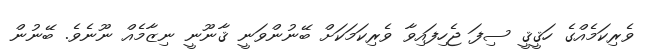
ވެރިކަމެއްގެ ހަޤީޤީ ސިފަ ޖެހިފައިވާ ވެރިކަމަކަށް ބޭނުންވަނީ ޤާނޫނީ ނިޒާމެއް ނޫނެވެ. ބޭނުން